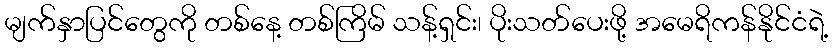
မျက်နှာပြင်တွေကို တစ်နေ့ တစ်ကြိမ် သန့်ရှင်း၊ ပိုးသတ်ပေးဖို့ အမေရိကန်နိုင်ငံရဲ့